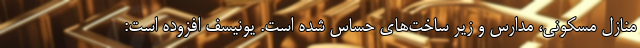
منازل مسکونی، مدارس و زیر ساخت‌های حساس شده است. یونیسف افزوده است: